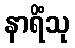
နာရိံသု